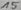
Text: 15